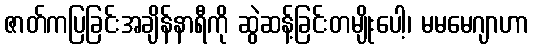
ဇာတ်ကပြခြင်းအချိန်နာရီကို ဆွဲဆန့်ခြင်းတမျိုးပေါ့၊ မမမေဂျာဟာ